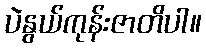
ပဲနွယ်ကုန်းဇာတိပါ။